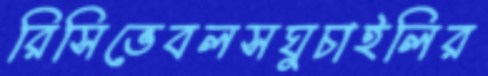
রিসিভেবলসঘুচাইলির